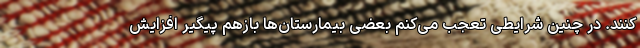
کنند. در چنین شرایطی تعجب می‌کنم بعضی بیمارستان‌ها بازهم پیگیر افزایش